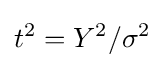
t^{2}=Y^{2}/\sigma ^{2}